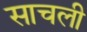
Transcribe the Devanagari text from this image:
साचली